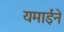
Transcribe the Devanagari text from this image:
यमाईने